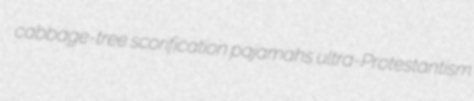
cabbage-tree scorification pajamahs ultra-Protestantism